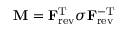
\mathbf { M } = \mathbf { F } _ { \mathrm { r e v } } ^ { \mathrm { T } } \sigma \mathbf { F } _ { \mathrm { r e v } } ^ { - \mathrm { T } }